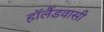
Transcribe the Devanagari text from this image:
हॉलैंडवासी